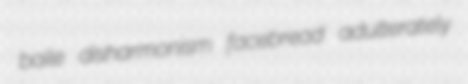
baile disharmonism facebread adulterately